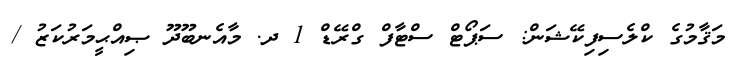
މަޤާމުގެ ކްލެސިފިކޭޝަން: ސަޕޯޓް ސްޓާފް ގްރޭޑް 1 ދ. މާއެނބޫދޫ ޞިއްޙީމަރުކަޒު /